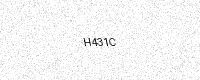
Text: H431C